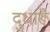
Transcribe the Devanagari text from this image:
दुधारूँ